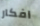
افكار